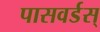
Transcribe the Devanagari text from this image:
पासवर्डस्